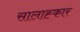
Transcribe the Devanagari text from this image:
सालाह्कार